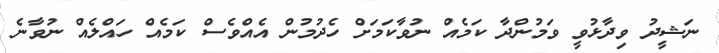
ނަޝީދު ވިދާޅުވީ ވަމުންދާ ކަމެއް ނުވާކަމަށް ހެދުމުން އެއްވެސް ކަމެއް ހައްލެއް ނުވާނެ